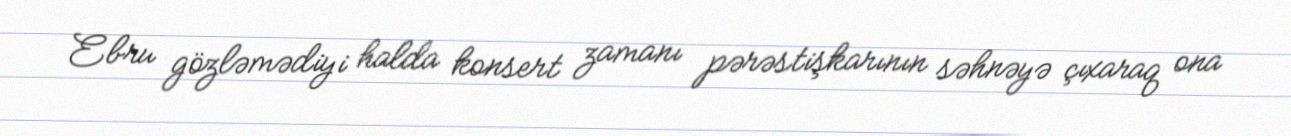
Ebru gözləmədiyi halda konsert zamanı pərəstişkarının səhnəyə çıxaraq ona